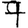
Digit: 7